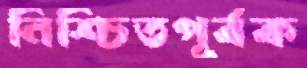
নিশ্চিতপূর্বক